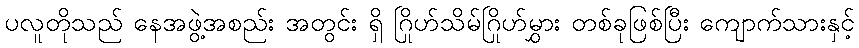
ပလူတိုသည် နေအဖွဲ့အစည်း အတွင်း ရှိ ဂြိုဟ်သိမ်ဂြိုဟ်မွှား တစ်ခုဖြစ်ပြီး ကျောက်သားနှင့်